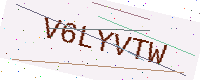
Text: V6LYVTW